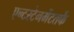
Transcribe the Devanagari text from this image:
एन्टरटेनमेंटतर्फे